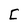
Character: C